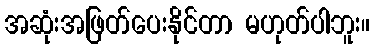
အဆုံးအဖြတ်ပေးနိုင်တာ မဟုတ်ပါဘူး။